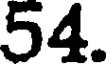
54.